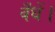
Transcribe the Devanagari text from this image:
बँधें।